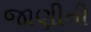
જાણીતી